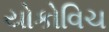
યોકોવિચ